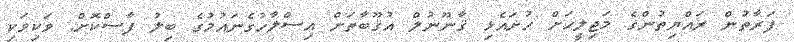
ފަރާތުން ރައްޔިތުންގެ މަޖިލީހަށް ހުށައެޅި ޤާނޫނުލް އުޤޫބާތަށް އިސްލާހުގެނައުމުގެ ބިލު ފާސްކޮށް